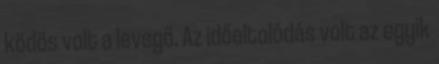
ködös volt a levegő. Az időeltolódás volt az egyik